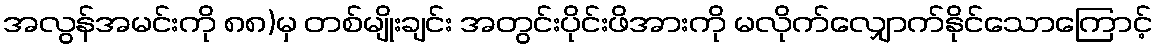
အလွန်အမင်းကို ၈၈)မှ တစ်မျိုးချင်း အတွင်းပိုင်းဖိအားကို မလိုက်လျှောက်နိုင်သောကြောင့်